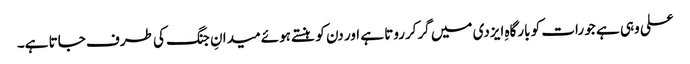
علی وہی ہے جو رات کو بارگاہِ ایزدی میں گرکرروتا ہے اور دن کو ہنستے ہوئے میدانِ جنگ کی طرف جاتا ہے۔